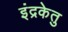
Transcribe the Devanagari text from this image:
इंद्रकेतु